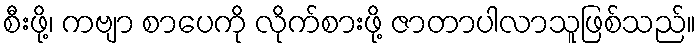
စီးဖို့၊ ကဗျာ စာပေကို လိုက်စားဖို့ ဇာတာပါလာသူဖြစ်သည်။